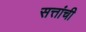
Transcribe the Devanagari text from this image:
सत्तांची